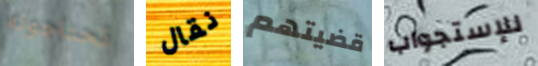
تحتاجونه نقال قضيتهم للإستجواب